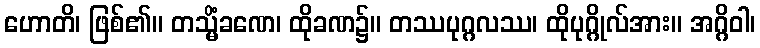
ဟောတိ၊ ဖြစ်၏။ တသ္မိံခဏေ၊ ထိုခဏ၌။ တဿပုဂ္ဂလဿ၊ ထိုပုဂ္ဂိုလ်အား။ အဂ္ဂိဝါ၊